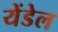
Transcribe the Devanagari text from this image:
येंडेल